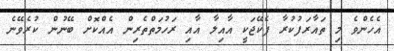
އެހެންވެ މި ތައާރަފުކުރާ ޕެކޭޖަކީ އާއިލާ އާއި ރަހުމަތްތެރިން އެއްކޮށް ބޭނުން ކުރެވޭނެ